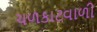
ચળકાટવાળી